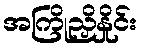
အကြိုညှိနှိုင်း